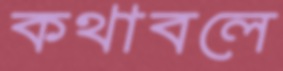
কথাবলে